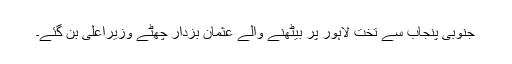
جنوبی پنجاب سے تخت لاہور پر بیٹھنے والے عثمان بزدار چھٹے وزیراعلیٰ بن گئے۔